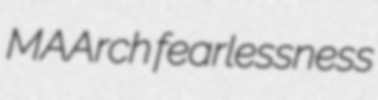
MAArch fearlessness